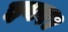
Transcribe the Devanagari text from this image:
इयर।